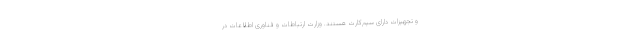
و تجهیزات دارای سیم‌کارت هستند. وزارت ارتباطات و فناوری اطلاعات در